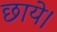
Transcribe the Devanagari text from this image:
छाये।